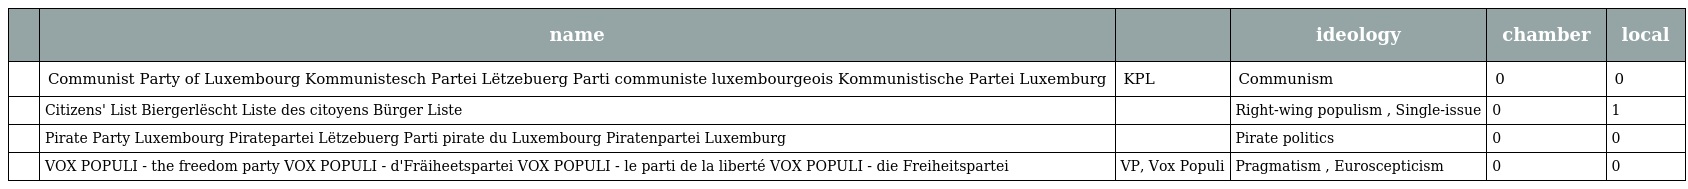
|  | name |  | ideology | chamber | local |
 | --- | --- | --- | --- | --- | --- |
 |  | Communist Party of Luxembourg Kommunistesch Partei Lëtzebuerg Parti communiste luxembourgeois Kommunistische Partei Luxemburg | KPL | Communism | 0 | 0 |
 |  | Citizens' List Biergerlëscht Liste des citoyens Bürger Liste |  | Right-wing populism , Single-issue | 0 | 1 |
 |  | Pirate Party Luxembourg Piratepartei Lëtzebuerg Parti pirate du Luxembourg Piratenpartei Luxemburg |  | Pirate politics | 0 | 0 |
 |  | VOX POPULI - the freedom party VOX POPULI - d'Fräiheetspartei VOX POPULI - le parti de la liberté VOX POPULI - die Freiheitspartei | VP, Vox Populi | Pragmatism , Euroscepticism | 0 | 0 |